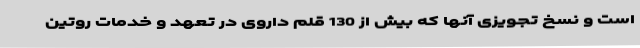
است و نسخ تجویزی آنها که بیش از 130 قلم داروی در تعهد و خدمات روتین